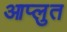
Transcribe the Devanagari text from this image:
आप्लुत